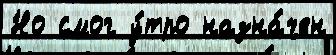
Но смог у́тро назна́чен